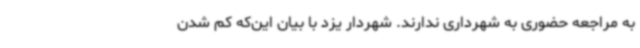
به مراجعه حضوری به شهرداری ندارند. شهردار یزد با بیان این‌که کم شدن